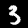
Digit: 3